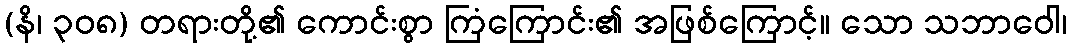
(နိ၊ ၃၀၈) တရားတို့၏ ကောင်းစွာ ကြံကြောင်း၏ အဖြစ်ကြောင့်။ သော သဘာဝေါ၊